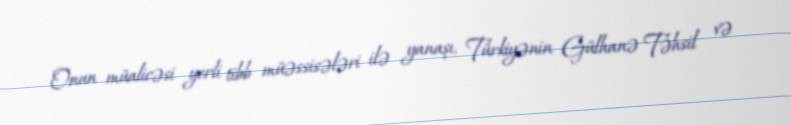
Onun müalicəsi yerli tibb müəssisələri ilə yanaşı, Türkiyənin Gülhanə Təhsil və